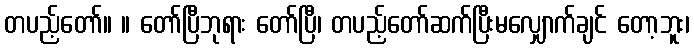
တပည့်တော်။ ။ တော်ပြီဘုရား တော်ပြီ၊ တပည့်တော်ဆက်ပြီးမလျှောက်ချင် တော့ဘူး၊